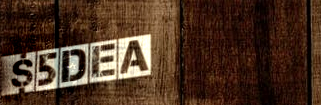
$5Deal